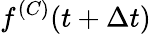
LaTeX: f^{(C)}(t+\Delta t)